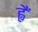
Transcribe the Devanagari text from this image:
ह्वैं